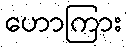
ဟောကြား